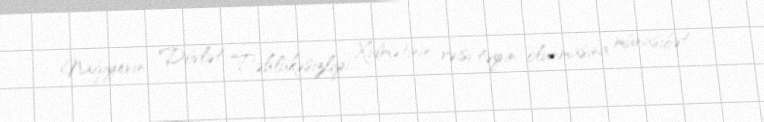
Nağıyevin Dövlət Təhlükəsizliyi Xidmətinin rəisi təyin olunmasına münasibət